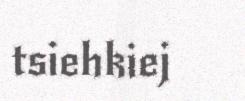
tsiehkiej